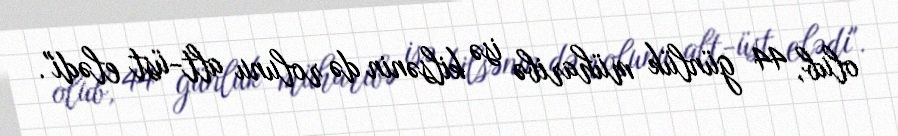
olub, 44 günlük müharibə isə kilsənin də rolunu alt-üst elədi".